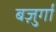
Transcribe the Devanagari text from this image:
बज़ुर्गों